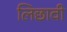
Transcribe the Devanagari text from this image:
लिछावी